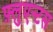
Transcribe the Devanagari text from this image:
फ़्लुएन्टस